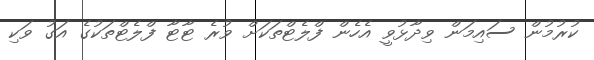
ކުރުމުން ސައިމަން ވިދާޅުވީ އެހެން ފްލެޓްތަކަށް ވުރެ ޓާޓާ ފްލެޓްތަކުގެ އަގު ވަކި